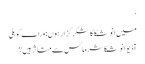
‘
میں انوشکا کا شکر گزار ہوں: وراٹ کوہلی
آڈیو انوشکا شرما کس سے متاثر ہیں؟